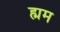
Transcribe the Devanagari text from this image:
ह्मम